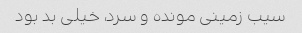
سیب زمینی مونده و سرد، خیلی بد بود